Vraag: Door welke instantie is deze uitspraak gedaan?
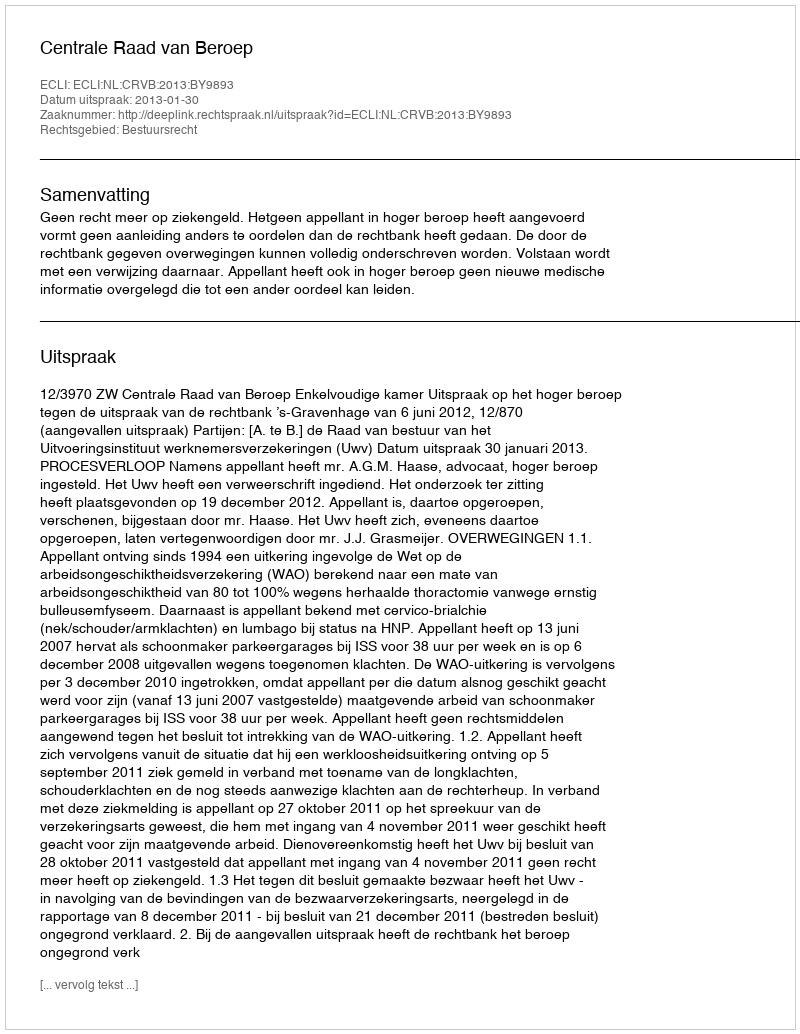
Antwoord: Centrale Raad van Beroep